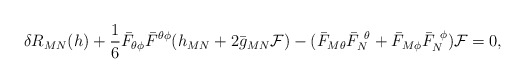
\begin{align*}\delta R_{MN} (h) + {1 \over 6} \bar F_{\theta\phi} \bar F^{\theta\phi} (h_{MN} + 2 \bar g_{MN} {\cal F})- ( \bar F_{M \theta} \bar F_N^{~\theta} + \bar F_{M \phi}\bar F_N^{~\phi} ) {\cal F}= 0,\end{align*}